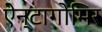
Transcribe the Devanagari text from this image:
ऐन्टागोमिर